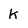
Character: K